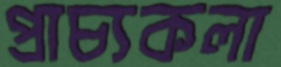
প্রাচ্যকলা